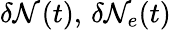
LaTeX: \delta\mathcal{N}_{}(t),\, \delta\mathcal{N}_{e}(t)